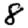
Digit: 8